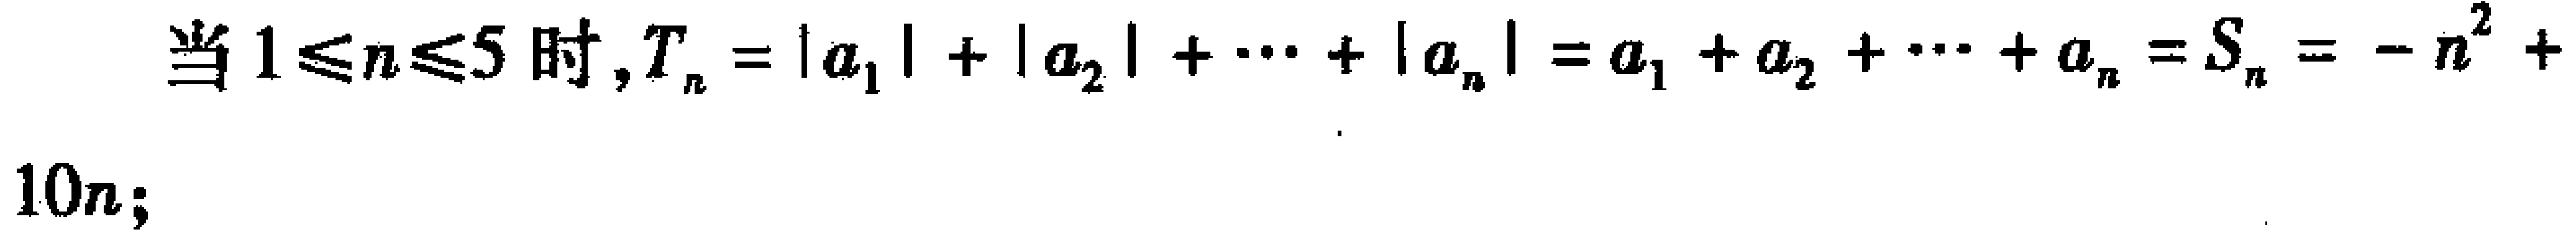
当\(1\leq n\leq 5\)时,\(T_{n}=|a_{1}| + |a_{2}| + \cdots + |a_{n}| = a_{1} + a_{2} + \cdots + a_{n} = S_{n}=-n^{2}+10n;\)